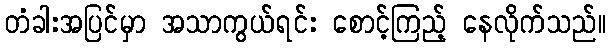
တံခါးအပြင်မှာ အသာကွယ်ရင်း စောင့်ကြည့် နေလိုက်သည်။